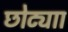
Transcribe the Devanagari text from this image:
छोट्याा